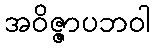
အဝိဇ္ဇာပဘဝါ